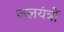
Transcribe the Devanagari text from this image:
जलयंत्रों